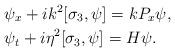
LaTeX: \begin{align*}&\psi_x+ik^2[\sigma_3,\psi]=kP_x\psi,\\&\psi_t+i\eta^2[\sigma_3,\psi]=H\psi.\end{align*}